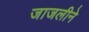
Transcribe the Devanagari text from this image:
जाजलीने